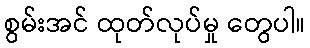
စွမ်းအင် ထုတ်လုပ်မှု တွေပါ။